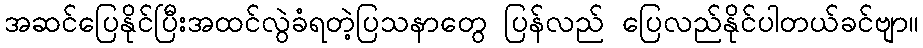
အဆင်ပြေနိုင်ပြီးအထင်လွဲခံရတဲ့ပြသနာတွေ ပြန်လည် ပြေလည်နိုင်ပါတယ်ခင်ဗျာ။